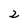
Character: 2